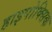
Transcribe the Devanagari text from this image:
हाइपोक्सिक